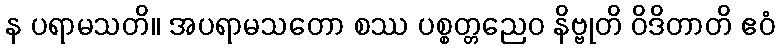
န ပရာမသတိ။ အပရာမသတော စဿ ပစ္စတ္တညေဝ နိဗ္ဗုတိ ဝိဒိတာတိ ဧဝံ